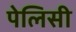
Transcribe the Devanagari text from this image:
पेलिसी